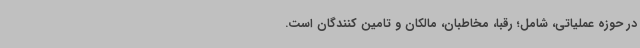
در حوزه عملیاتی، شامل؛ رقبا، مخاطبان، مالکان و تامین کنندگان است.